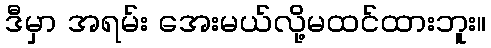
ဒီမှာ အရမ်း အေးမယ်လို့မထင်ထားဘူး။